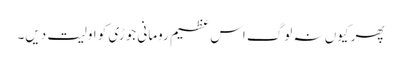
پھر کیوں نہ لوگ اس عظیم رومانی جوڑی کو اولیت دیں۔